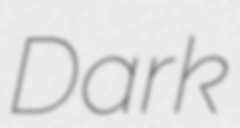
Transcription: Dark